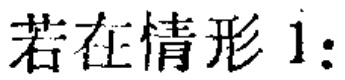
若在情形 1: